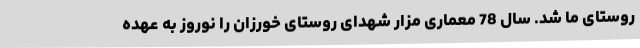
روستای ما شد. سال 78 معماری مزار شهدای روستای خورزان را نوروز به عهده